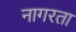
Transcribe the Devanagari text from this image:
नागरता